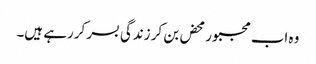
وہ اب مجبورمحض بن کر زندگی بسر کررہے ہیں۔